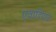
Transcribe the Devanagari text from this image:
एवादिपाठ